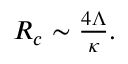
\begin{array} { r } { R _ { c } \sim \frac { 4 \Lambda } { \kappa } . } \end{array}